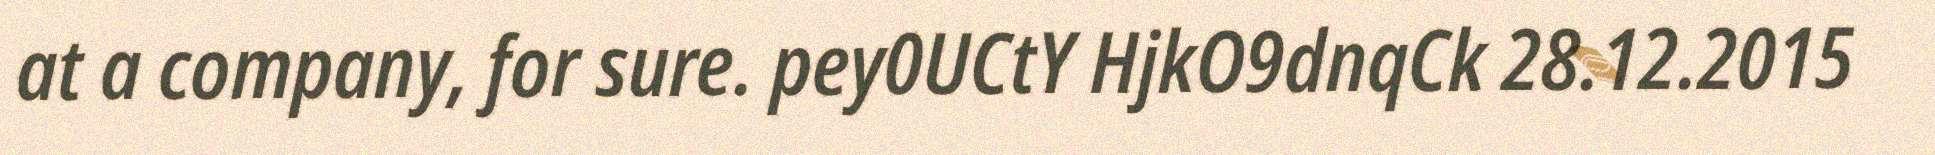
at a company, for sure. pey0UCtY HjkO9dnqCk 28.12.2015